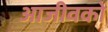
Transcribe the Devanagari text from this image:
आजीवकों